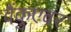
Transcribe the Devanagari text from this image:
वैंकुएवर